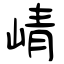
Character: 崝